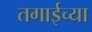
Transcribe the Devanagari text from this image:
तगाईच्या